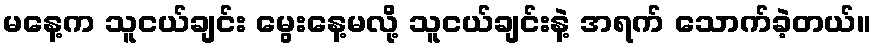
မနေ့က သူငယ်ချင်း မွေးနေ့မလို့ သူငယ်ချင်းနဲ့ အရက် သောက်ခဲ့တယ်။